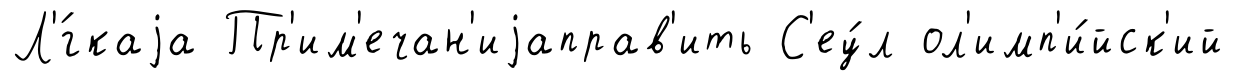
Л'́гкаjа Пр'им'ечан'иjаправ'ить С'еу́л ол'имп'и́йск'ий